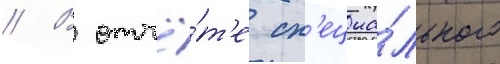
// В отчё́т'е сп'ециа́льного